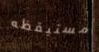
مستيقظه